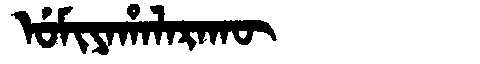
Manchu: ᡠᠮᡳᠶᠠᡥᠠᠯᠠᡵᠠᡴᡡ
Romanization: UMIYAHALARAKŪ